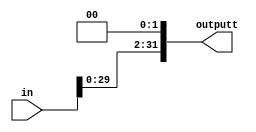
/*
* Module: Shift Left
* Description: shift the input to the left twice
*/
module shift_left #(parameter width =31)
(
/************************ Input Ports ************************/
input wire [width:0] in,

/************************ Output Ports ************************/
output reg [width:0] outputt

);

/************************ Code Start ************************/
always @ (*)begin
outputt = in<<2; //output is the input but shifted left by 2 
end
endmodule